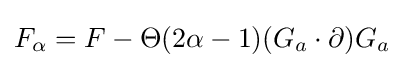
F_{\alpha }=F-\Theta (2\alpha -1)(G_{a}\cdot \partial )G_{a}